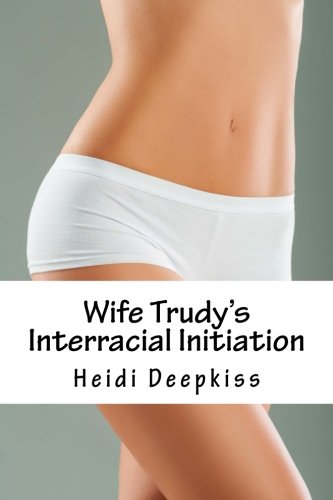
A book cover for Wife Trudy's Interracial Initiation; Heidi Deepkiss; Romance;